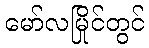
မော်လမြိုင်တွင်